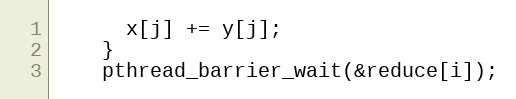
Language: C++
      x[j] += y[j];
    }
    pthread_barrier_wait(&reduce[i]);